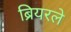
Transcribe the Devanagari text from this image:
ब्रियरले